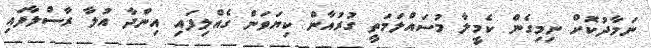
ނަމާދުކޮށް ނިމިގެން ކެމީލާ މުސައްލަމަތީ ގުރުއާން ކިޔަވަން ގެއްލިފައި އިންދާ އުލާ ރާސްލާފައި